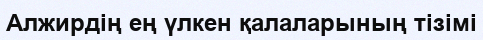
Алжирдің ең үлкен қалаларының тізімі